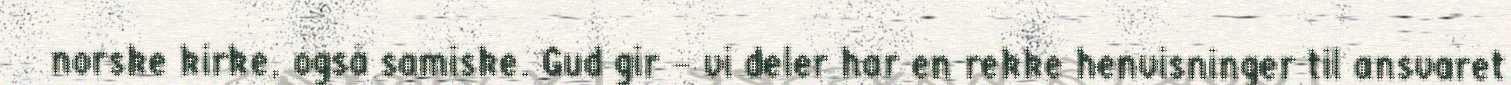
norske kirke, også samiske. Gud gir – vi deler har en rekke henvisninger til ansvaret